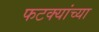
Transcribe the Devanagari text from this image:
फटक्यांच्या